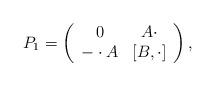
LaTeX: \begin{align*} P_1=\left(\begin{array}{cc}0 & A\cdot\\ -\cdot A & [B,\cdot]\end{array}\right),\end{align*}